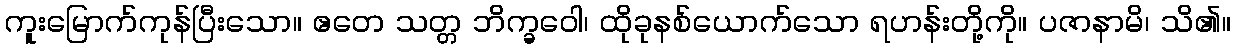
ကူးမြောက်ကုန်ပြီးသော။ ဧတေ သတ္တ ဘိက္ခဝေါ၊ ထိုခုနစ်ယောက်သော ရဟန်းတို့ကို။ ပဇာနာမိ၊ သိ၏။